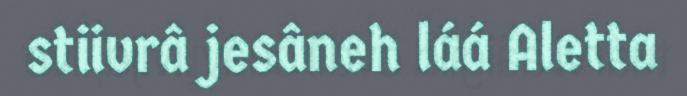
stiivrâ jesâneh láá Aletta